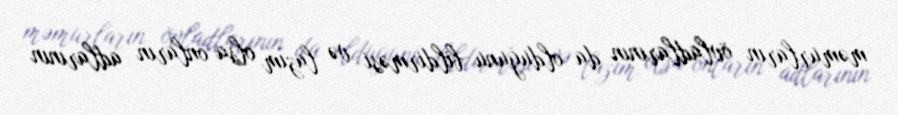
məmurların övladlarının da olduğunu bildirməsi və lazım olsa onların adlarının